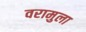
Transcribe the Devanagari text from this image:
वरामुला